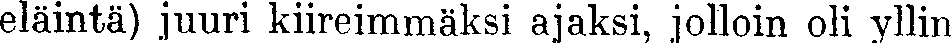
eläintä) juuri kiireimmäksi ajaksi, jolloin oli yllin